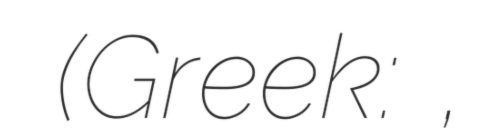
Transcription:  (Greek: Θύρσος,